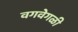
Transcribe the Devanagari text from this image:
वगवेगळी